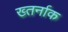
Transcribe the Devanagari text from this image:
ख्तर्नाक